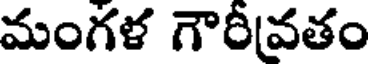
మంగళ గౌరీవతం